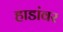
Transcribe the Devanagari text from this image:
हाडांवर